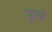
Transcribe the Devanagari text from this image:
यूसं